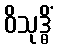
ဝိသုဒ္ဓိံ